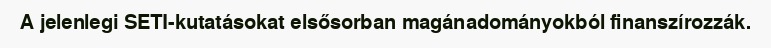
A jelenlegi SETI-kutatásokat elsősorban magánadományokból finanszírozzák.